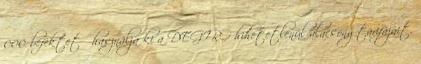
000 befektető használja ki a DEGIRO hihetetlenül alacsony tarifájait.